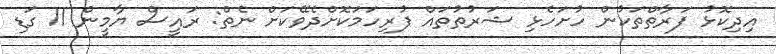
އިދިކޮޅު ފަރާތްތަކުން ހުށަހެޅި ޝަރުތުތައް ފުރިހަމަކޮށްދެވޭކަށް ނެތް: ރައީސް ޔާމީން 11 ގަޑި